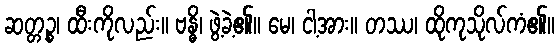
ဆတ္တဉ္စ၊ ထီးကိုလည်း။ ဗန္ဓိ၊ ဖွဲ့ခဲ့၏။ မေ၊ ငါ့အား။ တဿ၊ ထိုကုသိုလ်ကံ၏။